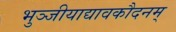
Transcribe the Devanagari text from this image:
भुञ्जीयाद्यावकौदनम्